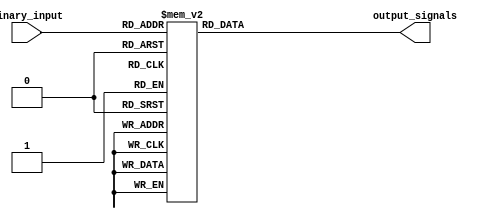
module octal_decoder (
    input [2:0] binary_input,
    output reg [7:0] output_signals
);

always @* begin
    case (binary_input)
        3'b000: output_signals = 8'b00000001; // Output 1 active
        3'b001: output_signals = 8'b00000010; // Output 2 active
        3'b010: output_signals = 8'b00000100; // Output 3 active
        3'b011: output_signals = 8'b00001000; // Output 4 active
        3'b100: output_signals = 8'b00010000; // Output 5 active
        3'b101: output_signals = 8'b00100000; // Output 6 active
        3'b110: output_signals = 8'b01000000; // Output 7 active
        3'b111: output_signals = 8'b10000000; // Output 8 active
        default: output_signals = 8'b00000000; // No outputs active
    endcase
end

endmodule